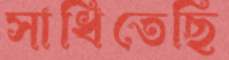
সাধিতেছি